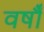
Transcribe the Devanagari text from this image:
वर्षौं